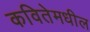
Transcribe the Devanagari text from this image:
कवितेमधील